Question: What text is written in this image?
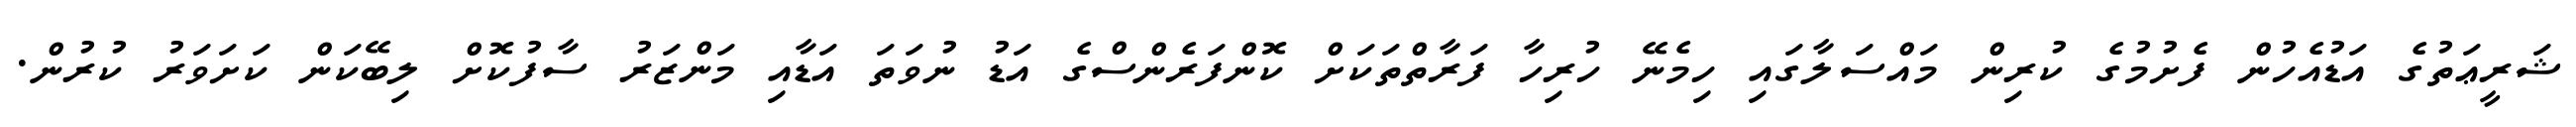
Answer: ޝަރީޢަތުގެ އަޑުއެހުން ފެށުމުގެ ކުރިން މައްސަލާގައި ހިމެނޭ ހުރިހާ ފަރާތްތަކަށް ކޮންފަރެންސްގެ އަޑު ނުވަތަ އަޑާއި މަންޒަރު ސާފުކޮށް ލިބޭކަން ކަށަވަރު ކުރުން.